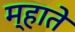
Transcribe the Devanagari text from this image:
म्हाते